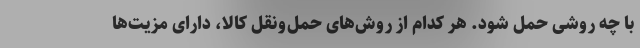
با چه روشی حمل شود. هر کدام از روش‌های حمل‌ونقل کالا، دارای مزیت‌ها